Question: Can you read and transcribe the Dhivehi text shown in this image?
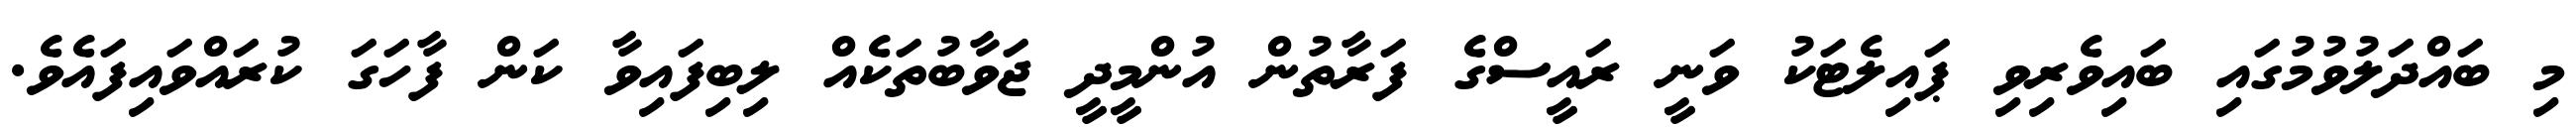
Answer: މި ބައްދަލުވުމުގައި ބައިވެރިވި ޕައިލެޓަކު ވަނީ ރައީސްގެ ފަރާތުން އުންމީދީ ޖަވާބުތަކެއް ލިބިފައިވާ ކަން ފާހަގަ ކުރައްވައިފައެވެ.